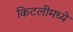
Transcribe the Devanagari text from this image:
किटलीमध्ये